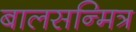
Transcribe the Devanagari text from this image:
बालसन्मित्र